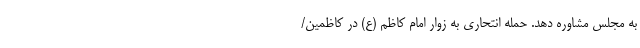
به مجلس مشاوره دهد. حمله انتحاری به زوار امام کاظم (ع) در کاظمین/